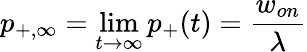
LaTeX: p_{+,\infty}=\operatorname*{lim}_{t\rightarrow\infty}p_{+}(t)={\frac{w_{on}}{\lambda}}